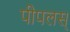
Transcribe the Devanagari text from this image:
पीपलस्